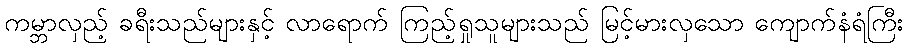
ကမ္ဘာလှည့် ခရီးသည်များနှင့် လာရောက် ကြည့်ရှုသူများသည် မြင့်မားလှသော ကျောက်နံရံကြီး